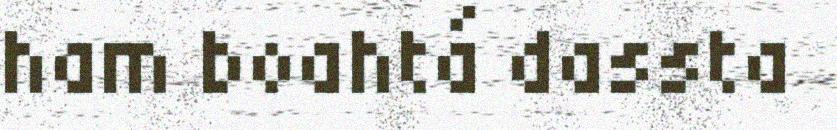
ham boahtá dassta